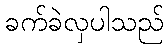
ခက်ခဲလှပါသည်